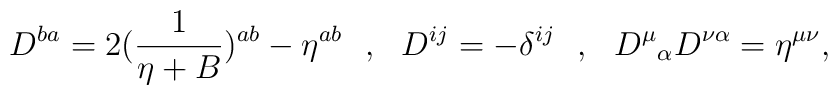
D^{ba}=2({1\over\eta+B})^{ab}-\eta^{ab}\,\,\,\,,\,\,\,\,D^{ij}=-\delta^{ij}\,\,\,\,,\,\,\,\,{D^{\mu}}_\alpha D^{\nu\alpha}=\eta^{\mu\nu},